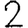
Digit: 2